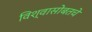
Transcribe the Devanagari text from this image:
विश्वासोबतचे